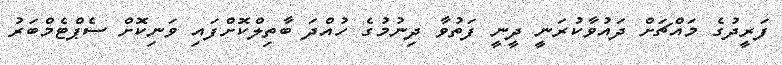
ފަރީދުގެ މައްޗަށް ދައުވާކުރަނީ ދީނީ ފަތުވާ ދިނުމުގެ ހުއްދަ ބާތިލްކޮށްފައި ވަނިކޮށް ސެޕްޓެމްބަރު